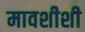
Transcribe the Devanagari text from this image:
मावशीशी